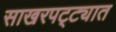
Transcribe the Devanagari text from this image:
साखरपट्ट्यात